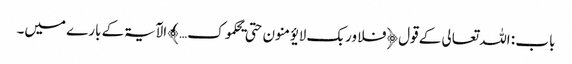
باب : اللہ تعالی کے قول ﴿فلا وربک لا یؤمنون حتی یحکموک… ﴾ الآیۃکے بارے میں۔